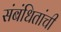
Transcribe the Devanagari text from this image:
संबंधितांची